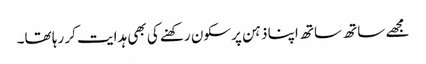
مجھے ساتھ ساتھ اپنا ذہن پرسکون رکھنے کی بھی ہدایت کر رہا تھا۔